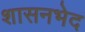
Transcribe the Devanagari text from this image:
शासनभेद